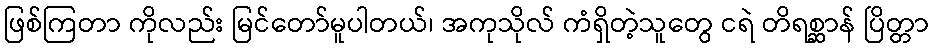
ဖြစ်ကြတာ ကိုလည်း မြင်တော်မူပါတယ်၊ အကုသိုလ် ကံရှိတဲ့သူတွေ ငရဲ တိရစ္ဆာန် ပြိတ္တာ